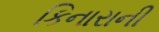
કિનારાની